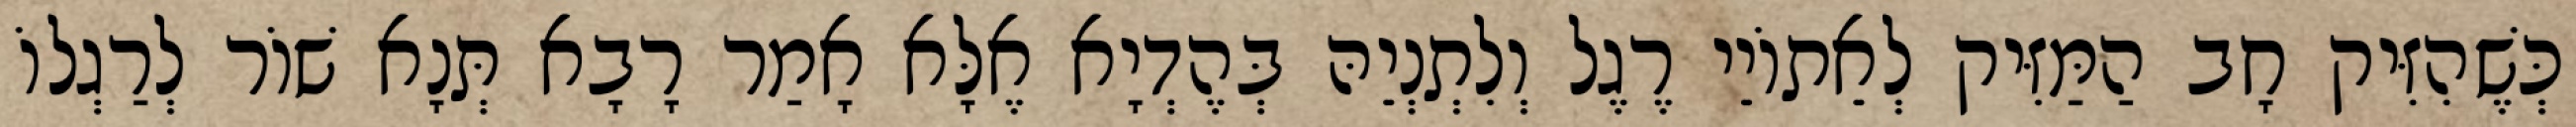
כְּשֶׁהִזִּיק חָב הַמַּזִּיק לְאֵתוֹיֵי רֶגֶל וְלִתְנְיֵהּ בְּהֶדְיָא אֶלָּא אָמַר רָבָא תְּנָא שׁוֹר לְרַגְלוֹ